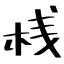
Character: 桟